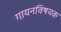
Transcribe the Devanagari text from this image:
गायनविषयक